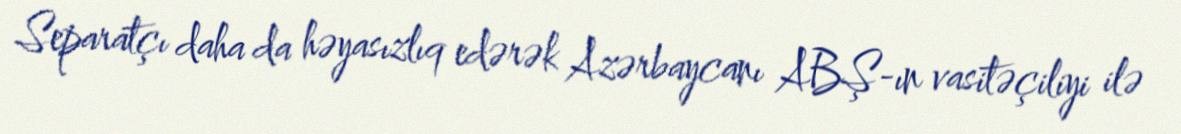
Separatçı daha da həyasızlıq edərək Azərbaycanı ABŞ-ın vasitəçiliyi ilə